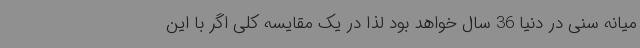
میانه سنی در دنیا 36 سال خواهد بود لذا در یک مقایسه کلی اگر با این